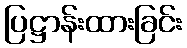
ပြဋ္ဌာန်းထားခြင်း